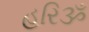
હરિૐ